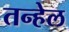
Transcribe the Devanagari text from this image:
तन्हेल